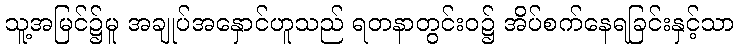
သူ့အမြင်၌မူ အချုပ်အနှောင်ဟူသည် ရတနာတွင်းဝ၌ အိပ်စက်နေရခြင်းနှင့်သာ